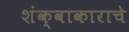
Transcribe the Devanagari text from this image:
शंक्वाकाराचे